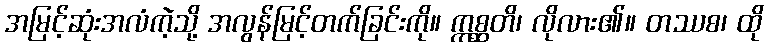
အမြင့်ဆုံးအလံကဲ့သို့ အလွန်မြင့်တက်ခြင်းကို။ ဣစ္ဆတိ၊ လိုလား၏။ တဿစ၊ ထို